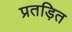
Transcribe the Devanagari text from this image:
प्रतड़ित